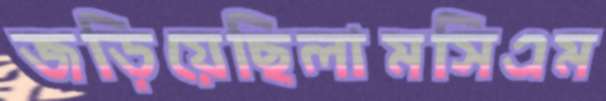
জড়িয়েছিলামসিএম